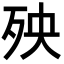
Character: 殃